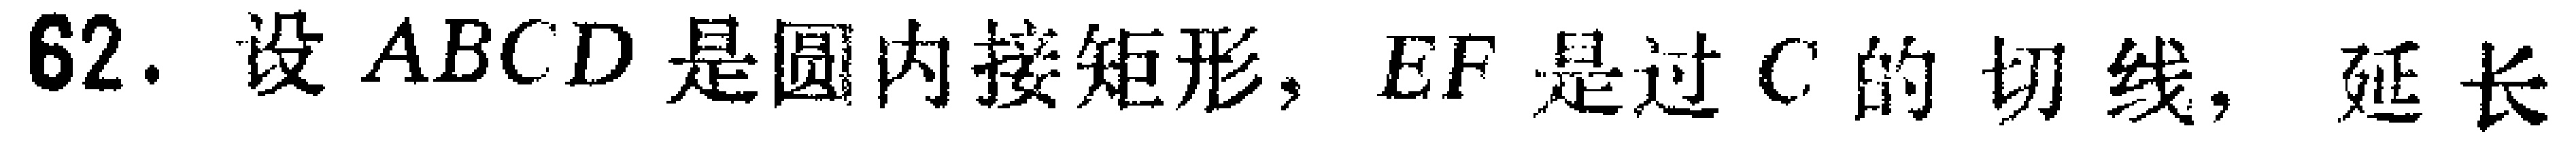
62. 设 \(ABCD\) 是圆内接矩形，\(EF\) 是过 \(C\) 的切线，延长